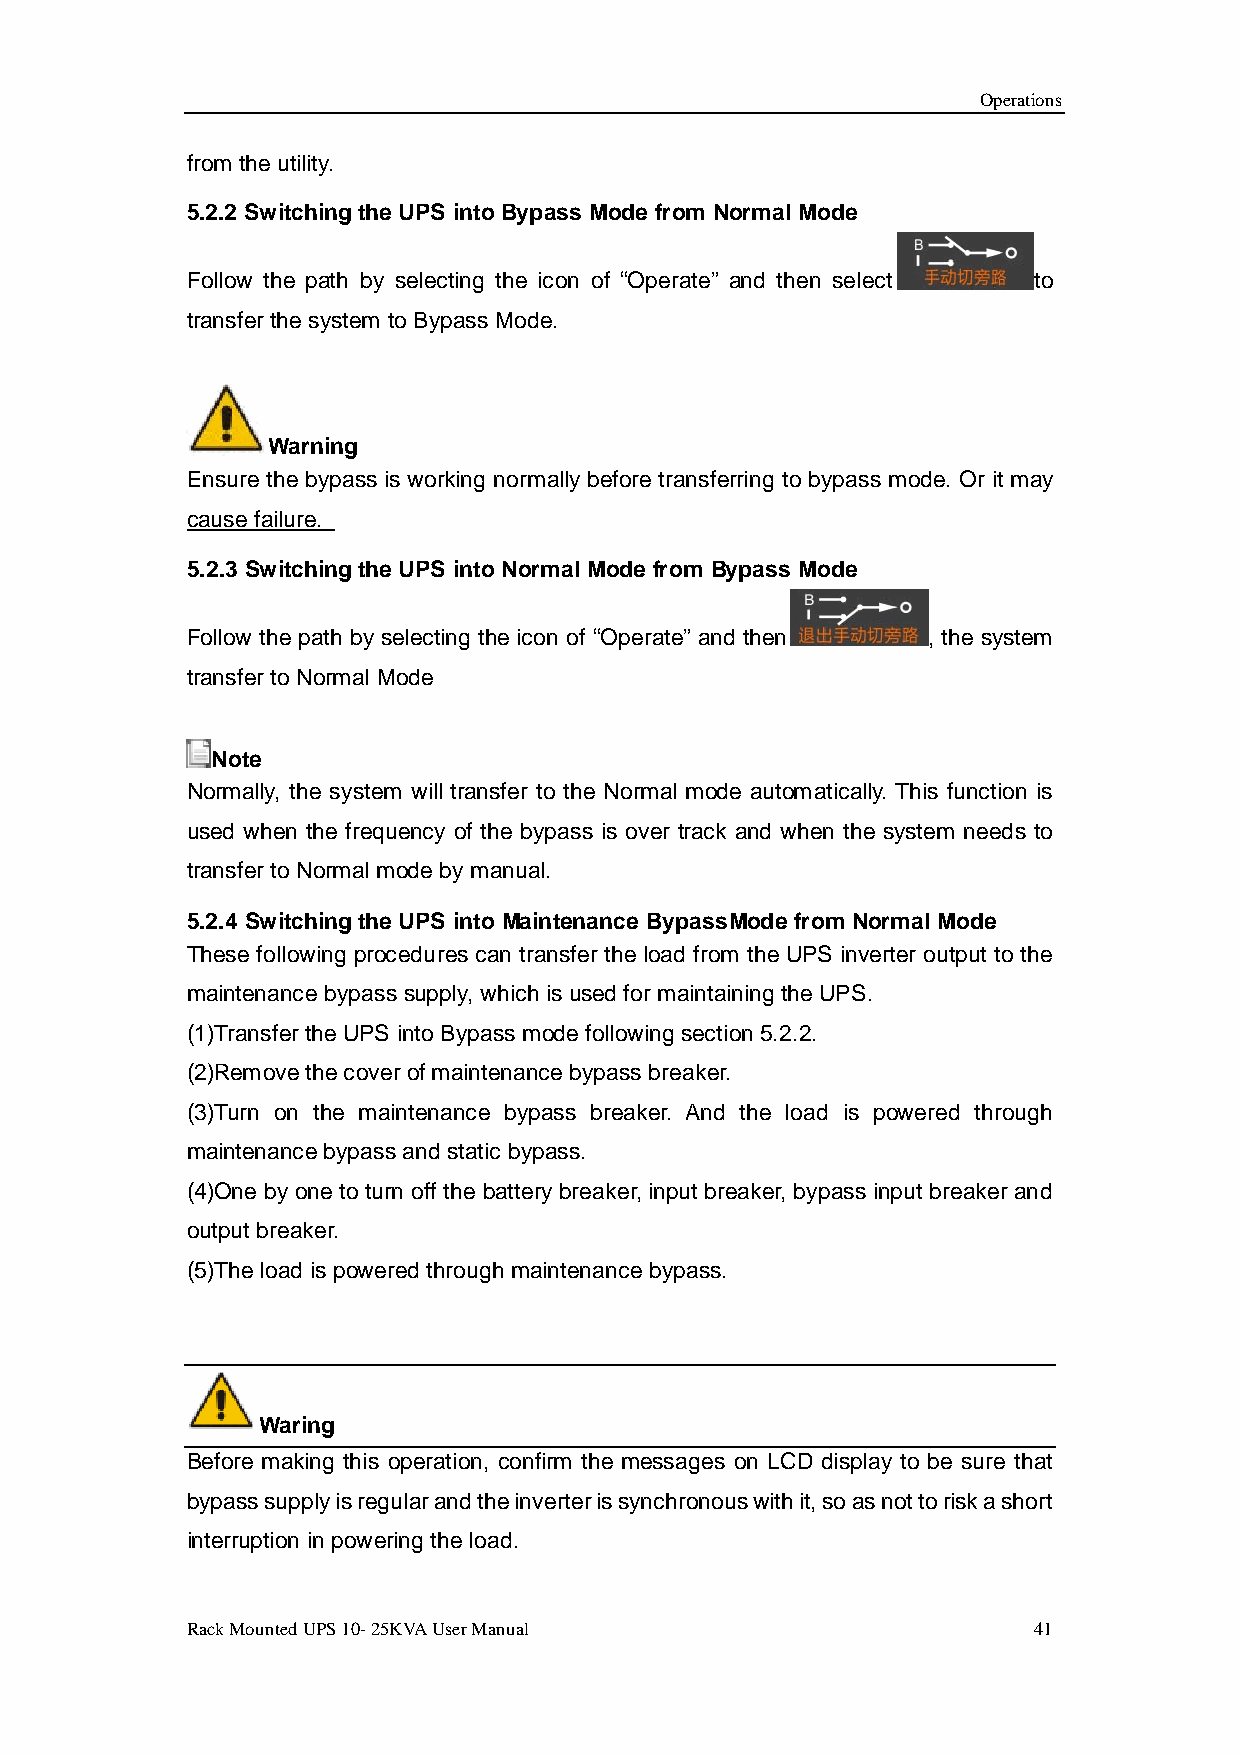
Operations
 from the utility.
 5.2.2 Switching the UPS into Bypass Mode from Normal Mode
 Follow the path by selecting the icon of “Operate” and then select to
 transfer the system to Bypass Mode.
 Warning
 Ensure the bypass is working normally before transferring to bypass mode. Or it may
 cause failure.
 5.2.3 Switching the UPS into Normal Mode from Bypass Mode
 Follow the path by selecting the icon of “Operate” and then , the system
 transfer to Normal Mode
 Note
 Normally, the system will transfer to the Normal mode automatically. This function is
 used when the frequency of the bypass is over track and when the system needs to
 transfer to Normal mode by manual.
 5.2.4 Switching the UPS into Maintenance BypassMode from Normal Mode
 These following procedures can transfer the load from the UPS inverter output to the
 maintenance bypass supply, which is used for maintaining the UPS.
 (1)Transfer the UPS into Bypass mode following section 5.2.2.
 (2)Remove the cover of maintenance bypass breaker.
 (3)Turn on the maintenance bypass breaker. And the load is powered through
 maintenance bypass and static bypass.
 (4)One by one to turn off the battery breaker, input breaker, bypass input breaker and
 output breaker.
 (5)The load is powered through maintenance bypass.
 Waring
 Before making this operation, confirm the messages on LCD display to be sure that
 bypass supply is regular and the inverter is synchronous with it, so as not to risk a short
 interruption in powering the load.
 Rack Mounted UPS 10- 25KVA User Manual                  41